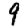
Digit: 9